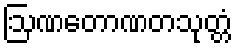
ဩဏတောဏတသုတ္တံ